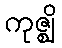
ကုဇ္ဈိ